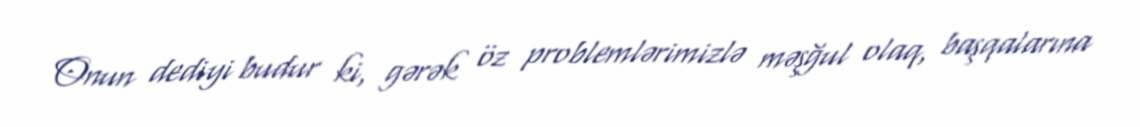
Onun dediyi budur ki, gərək öz problemlərimizlə məşğul olaq, başqalarına